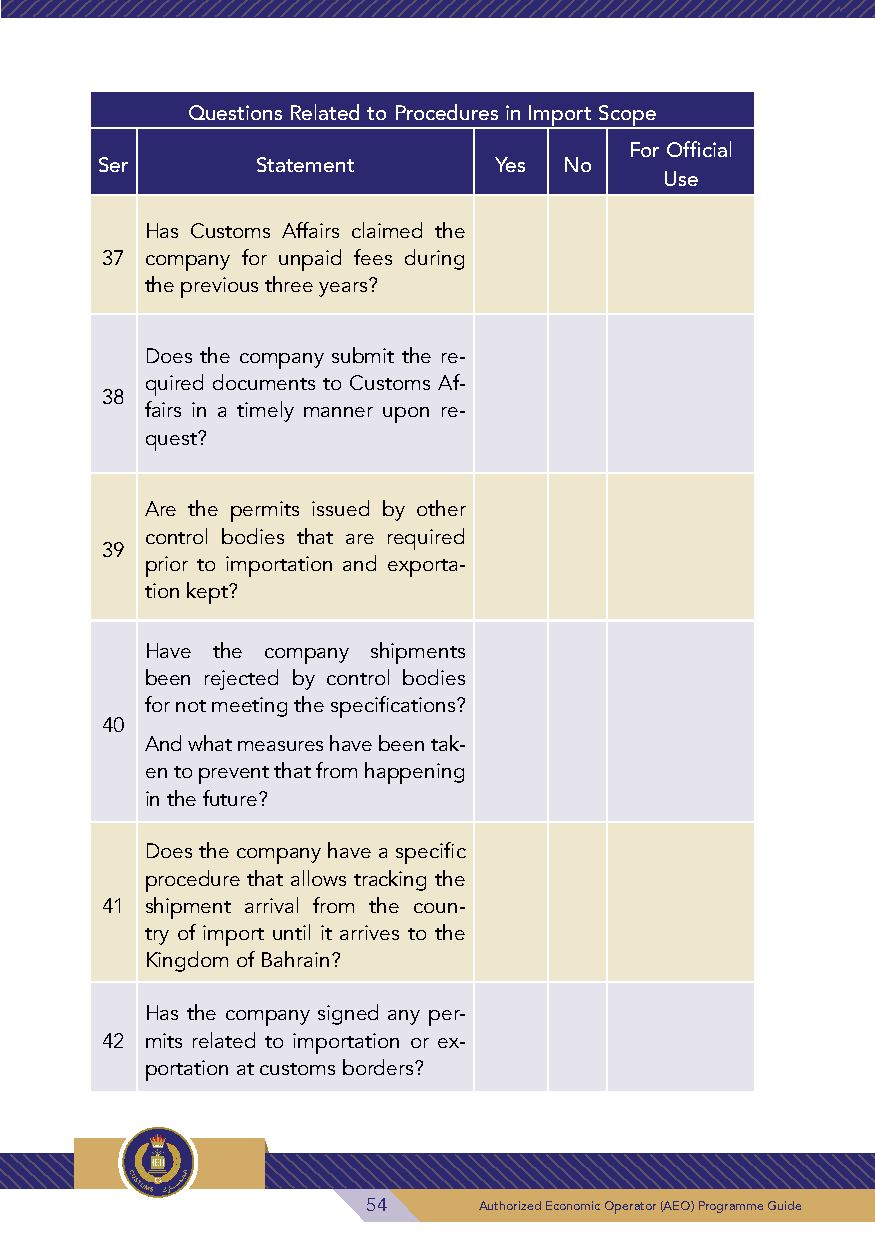
Questions Related to Procedures in Import Scope
 For Official
 Ser        Statement       Yes No
 Use
 Has Customs Affairs claimed the
 37 company for unpaid fees during
 the previous three years?
 Does the company submit the re-
 quired documents to Customs Af-
 38
 fairs in a timely manner upon re-
 quest?
 Are the permits issued by other
 control bodies that are required
 39
 prior to importation and exporta-
 tion kept?
 Have the company shipments
 been rejected by control bodies
 for not meeting the specifications?
 40
 And what measures have been tak-
 en to prevent that from happening
 in the future?
 Does the company have a specific
 procedure that allows tracking the
 41 shipment arrival from the coun-
 try of import until it arrives to the
 Kingdom of Bahrain?
 Has the company signed any per-
 42 mits related to importation or ex-
 portation at customs borders?
 54      Authorized Economic Operator (AEO) Programme Guide